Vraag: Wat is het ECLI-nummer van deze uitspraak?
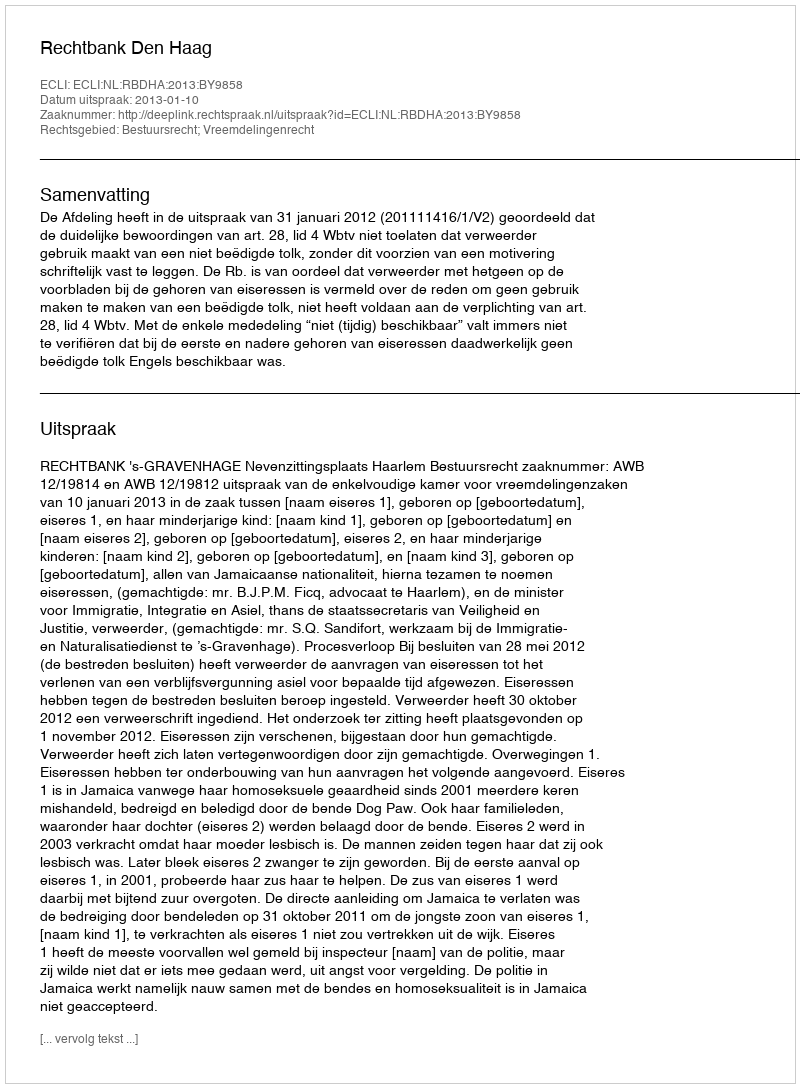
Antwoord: ECLI:NL:RBDHA:2013:BY9858